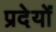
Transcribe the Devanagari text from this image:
प्रदेयों